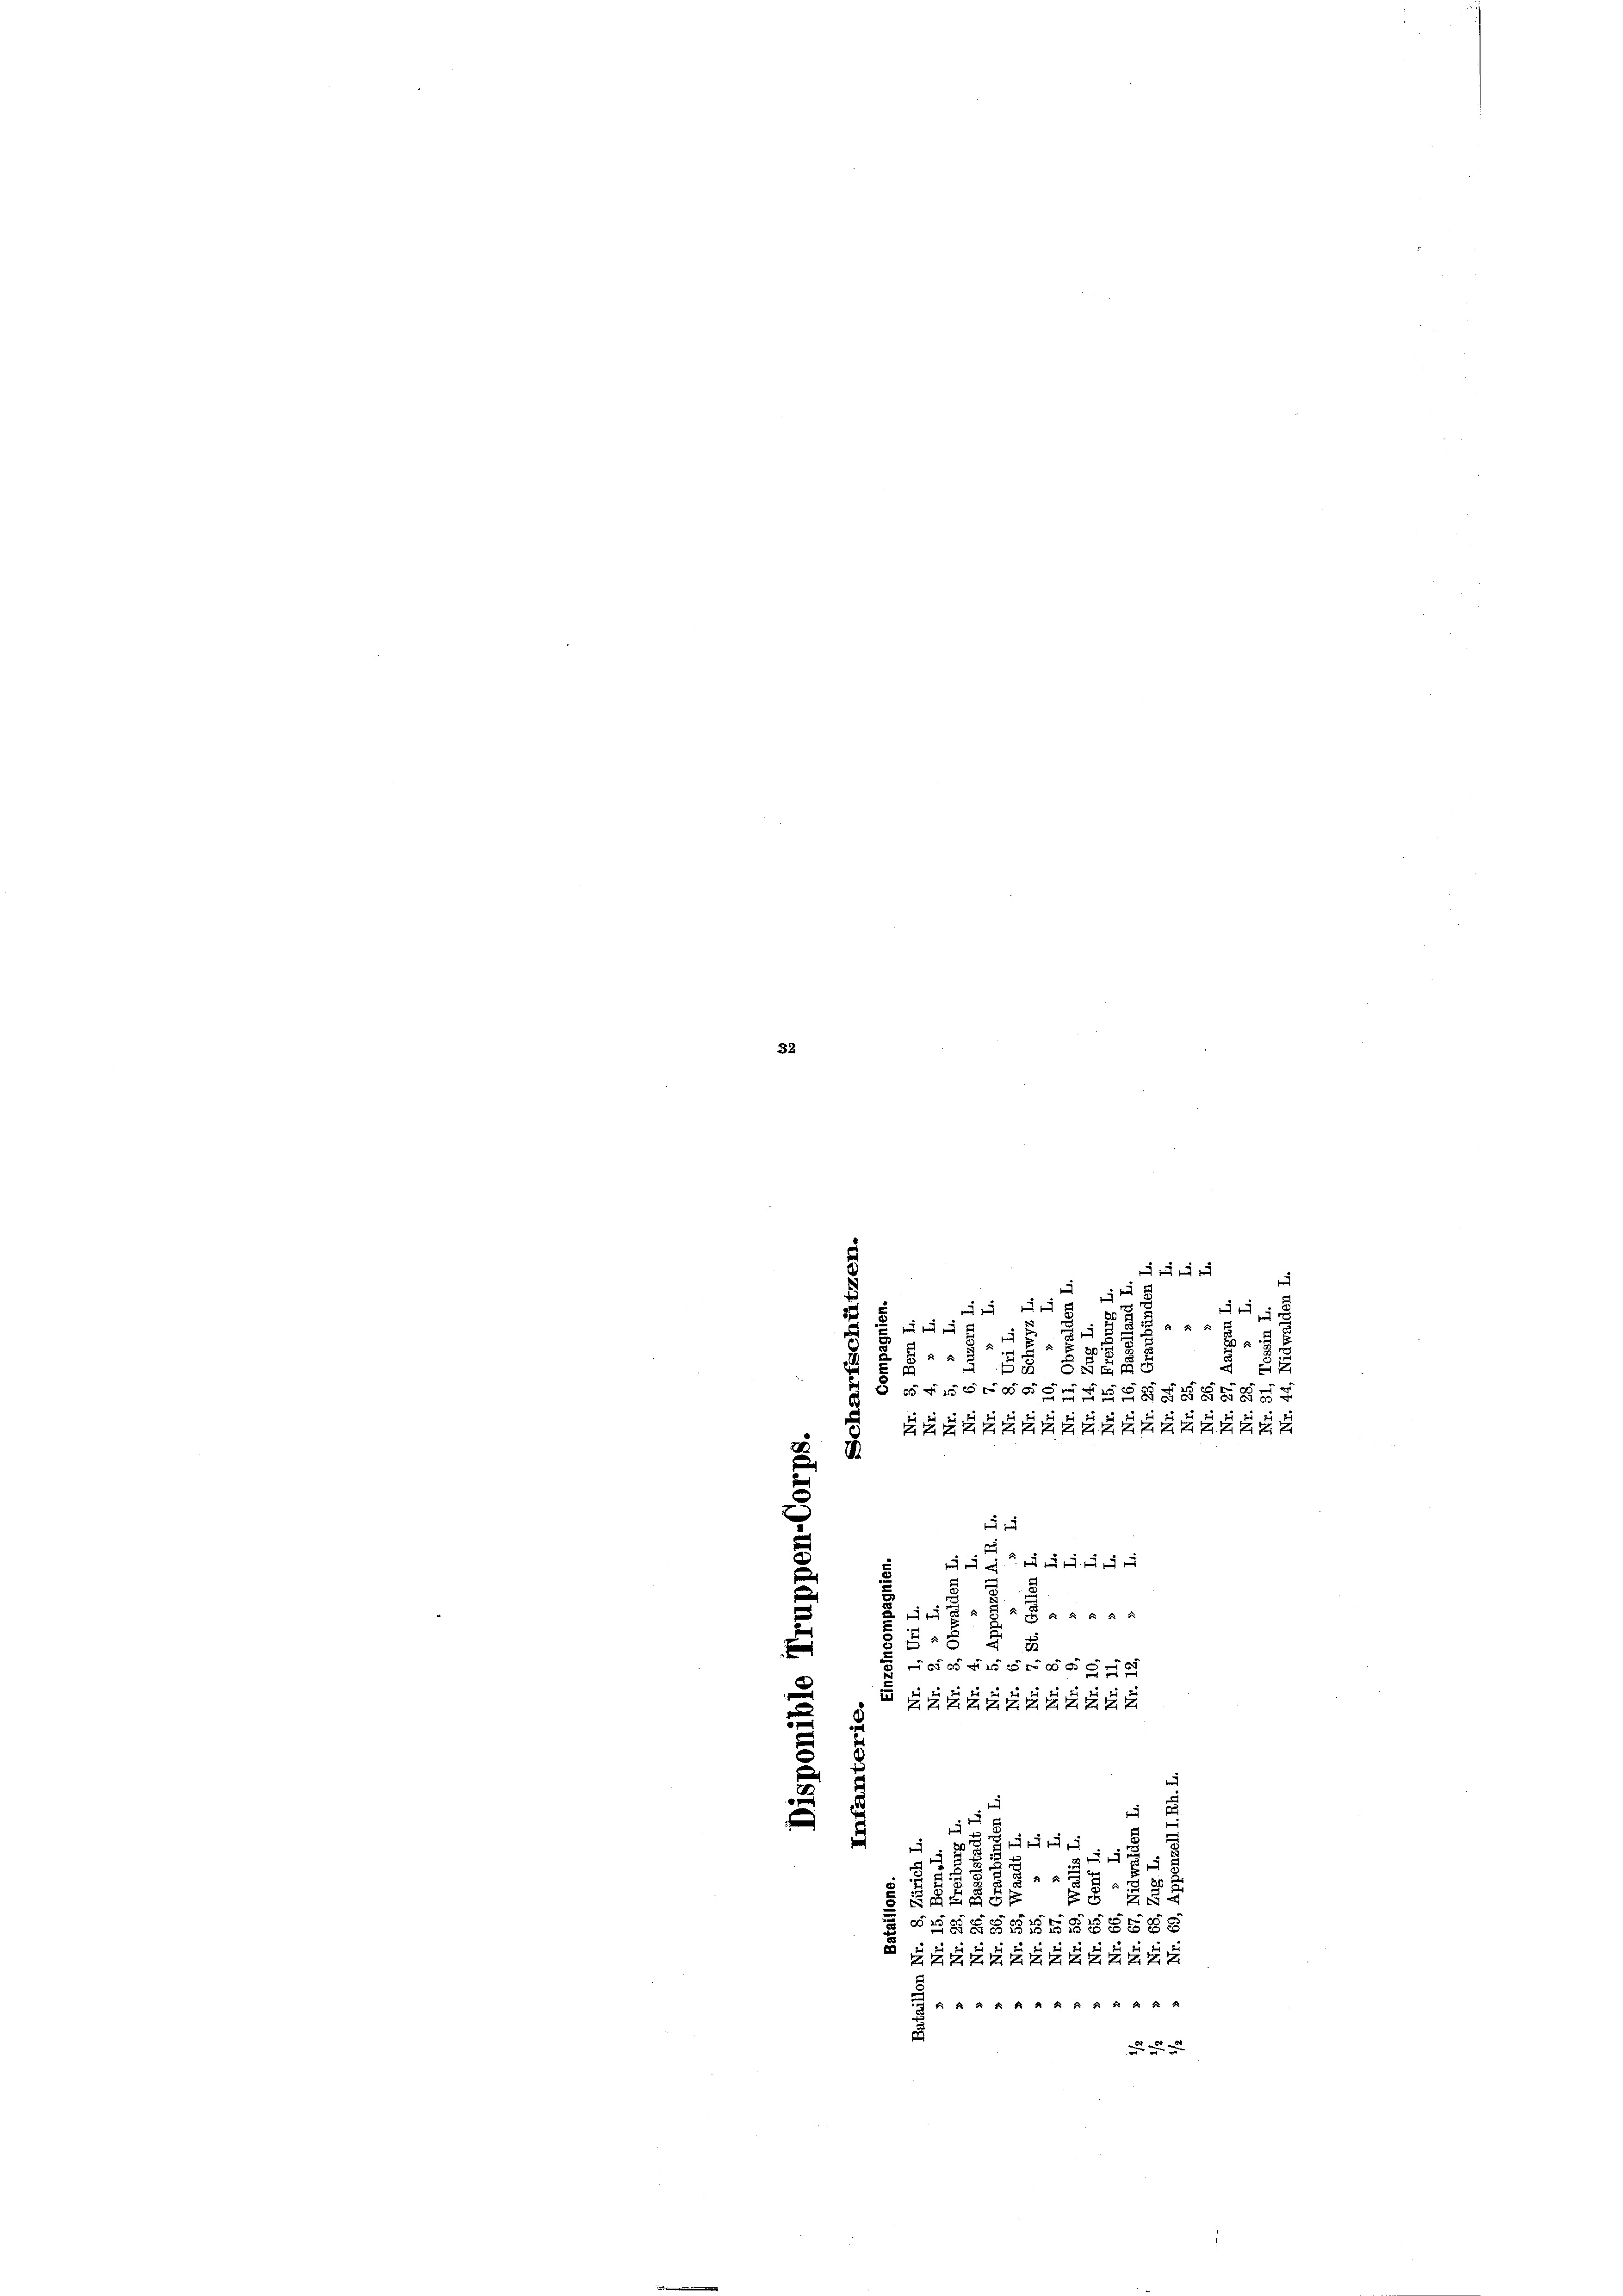
32

1
.
5
.
E
xx
n
a
e
s
5
1
Gecitier
e

2

2

.
BEREGE EG 25
diggängige

AKARRRRRAR R
e

24 x
1

x
d
 11
 Liteig 6 Zif.
.
J
.
.
2.
8 SSEL

f
.

e
  eine

.
s
5
e
 1 f 40 xxxx
e
8 § 8
e
g